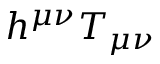
h ^ { \mu \nu } T _ { \mu \nu }